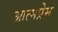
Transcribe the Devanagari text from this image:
आत्मप्रेम